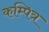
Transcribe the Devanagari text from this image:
कम्पित्र